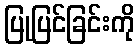
ပြုပြင်ခြင်းကို